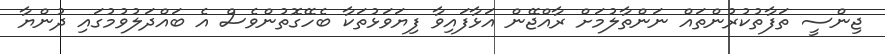
ޖިންސީ ތަފާތުކުރުންތައް ނަންތާލުމަށް ރާއްޖޭން އަޅާފައިވާ ފިޔަވަޅުތަކާ ބެހޭގޮތުންވެސް އެ ބައްދަލުވުމުގައި ދުންޔާ